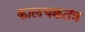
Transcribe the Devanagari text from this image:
कालचक्रतंत्र